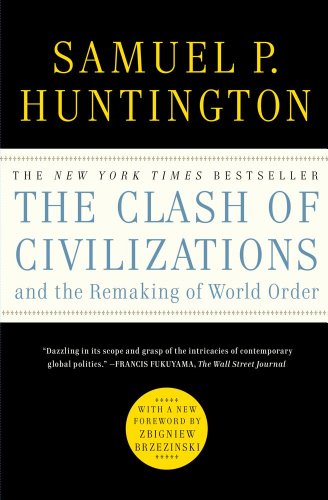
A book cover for The Clash of Civilizations and the Remaking of World Order; Samuel P. Huntington; Politics & Social Sciences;